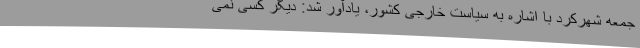
جمعه شهرکرد با اشاره به سیاست خارجی کشور، یادآور شد: دیگر کسی نمی